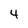
Character: 4